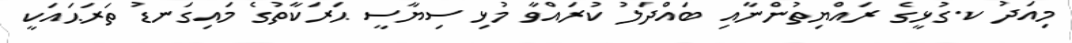
މިއަދު ކ.ގުޅީގެ ރައްޔިތުންނާއި ބައްދަލު ކުރައްވާ މުޅި ސިޔާސީ ޙަރަކާތުގެ މައިގަނޑު ތަރަޙައަކީ